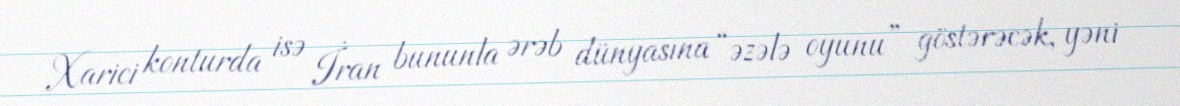
Xarici konturda isə İran bununla ərəb dünyasına “əzələ oyunu” göstərəcək, yəni